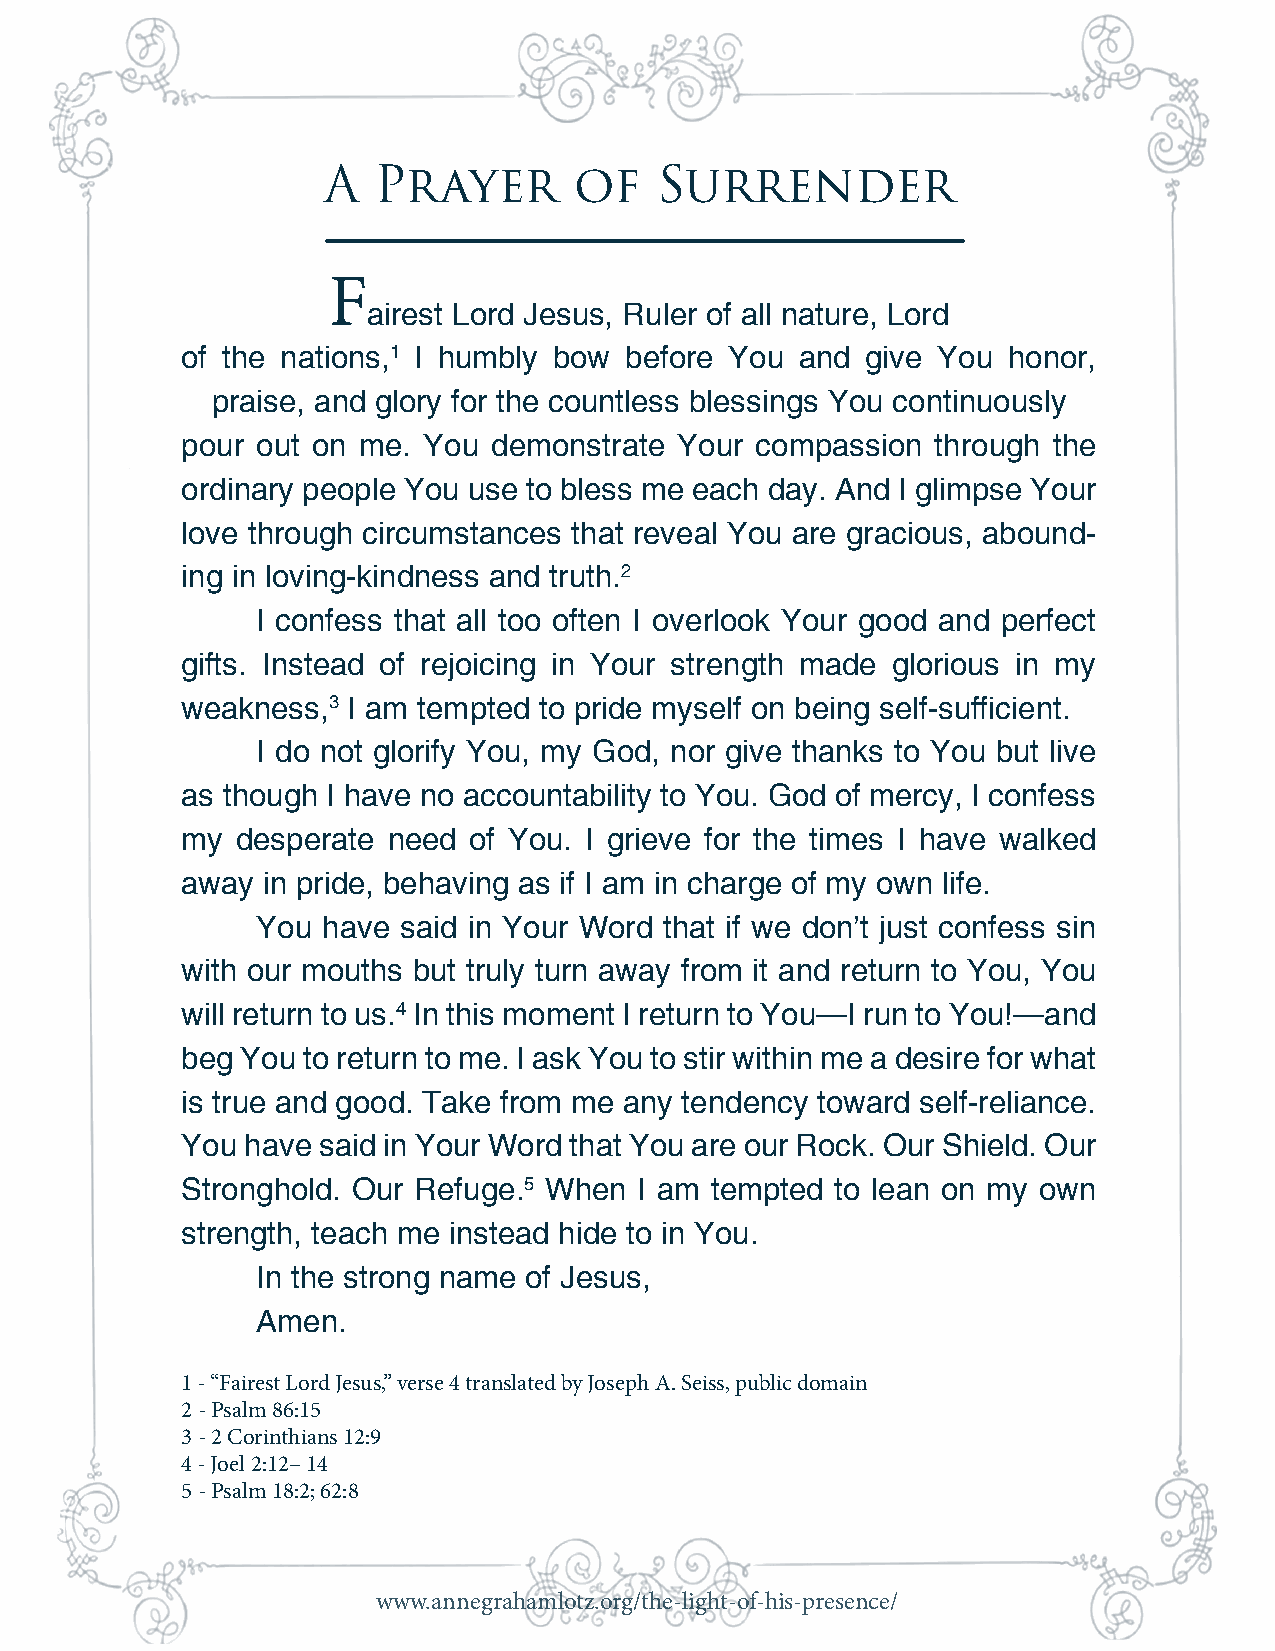
A   Prayer       of   Surrender
 F
 airest Lord Jesus, Ruler of all nature, Lord
 of the nations,1 I humbly bow before You and give You  honor,
 praise, and glory for the countless blessings You continuously
 pour out on me. You  demonstrate Your compassion  through the
 ordinary people You use to bless me each day. And I glimpse Your
 love through circumstances that reveal You are gracious, abound-
 ing in loving-kindness and truth.2
 I confess that all too often I overlook Your good and perfect
 gifts. Instead of rejoicing in Your strength made glorious in my
 weakness,3 I am tempted to pride myself on being self-sufficient.
 I do not glorify You, my God, nor give thanks to You but live
 as though I have no accountability to You. God of mercy, I confess
 my  desperate need of You. I grieve for the times I have walked
 away in pride, behaving as if I am in charge of my own life.
 You have  said in Your Word that if we don’t just confess sin
 with our mouths but truly turn away from it and return to You, You
 will return to us.4 In this moment I return to You—I run to You!—and
 beg You to return to me. I ask You to stir within me a desire for what
 is true and good. Take from me any tendency toward self-reliance.
 You have said in Your Word that You are our Rock. Our Shield. Our
 Stronghold. Our Refuge.5 When I am tempted to lean on my own
 strength, teach me instead hide to in You.
 In the strong name of Jesus,
 Amen.
 1 - “Fairest Lord Jesus,” verse 4 translated by Joseph A. Seiss, public domain
 2 - Psalm 86:15
 3 - 2 Corinthians 12:9
 4 - Joel 2:12– 14
 5 - Psalm 18:2; 62:8
 www.annegrahamlotz.org/the-light-of-his-presence/